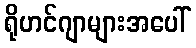
ရိုဟင်ဂျာများအပေါ်